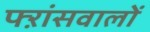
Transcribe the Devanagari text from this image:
फ्ऱांसवालों